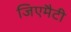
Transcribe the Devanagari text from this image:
जिएमैटी